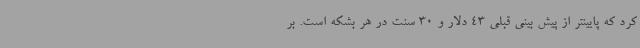
کرد که پایینتر از پیش بینی قبلی 43 دلار و 30 سنت در هر بشکه است. بر